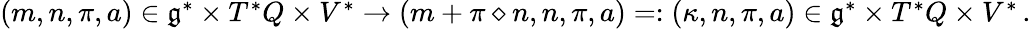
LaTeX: \begin{array}{r}{(m,n,\pi,a)\in\mathfrak{g}^{*}\times T^{*}Q\times V^{*}\rightarrow(m+\pi\diamond n,n,\pi,a)=:(\kappa,n,\pi,a)\in\mathfrak{g}^{*}\times T^{*}Q\times V^{*}\, .}\end{array}